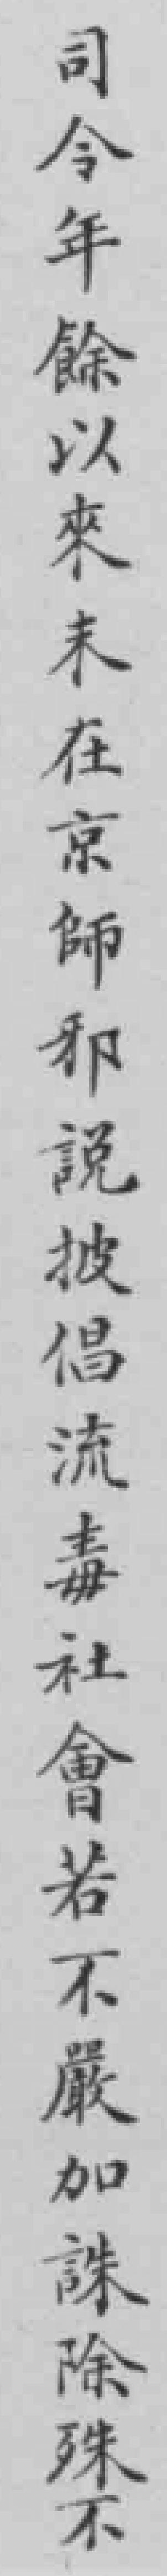
司令年餘以來未在京師邪說披倡流毒社會若不嚴加誅除殊不